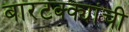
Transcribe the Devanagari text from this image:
बारटक्क्यांची